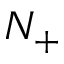
N _ { + }